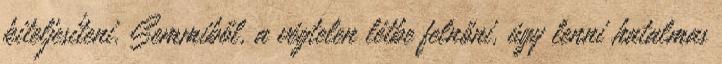
kiteljesíteni. Semmiből, a végtelen létbe felnőni, úgy lenni hatalmas